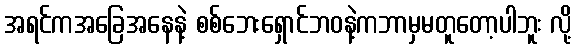
အရင်ကအခြေအနေနဲ့ စစ်ဘေးရှောင်ဘဝနဲ့ကဘာမှမတူတော့ပါဘူး လို့